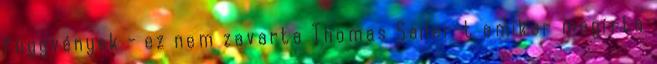
függvények - ez nem zavarta Thomas Sailer-t amikor megírta